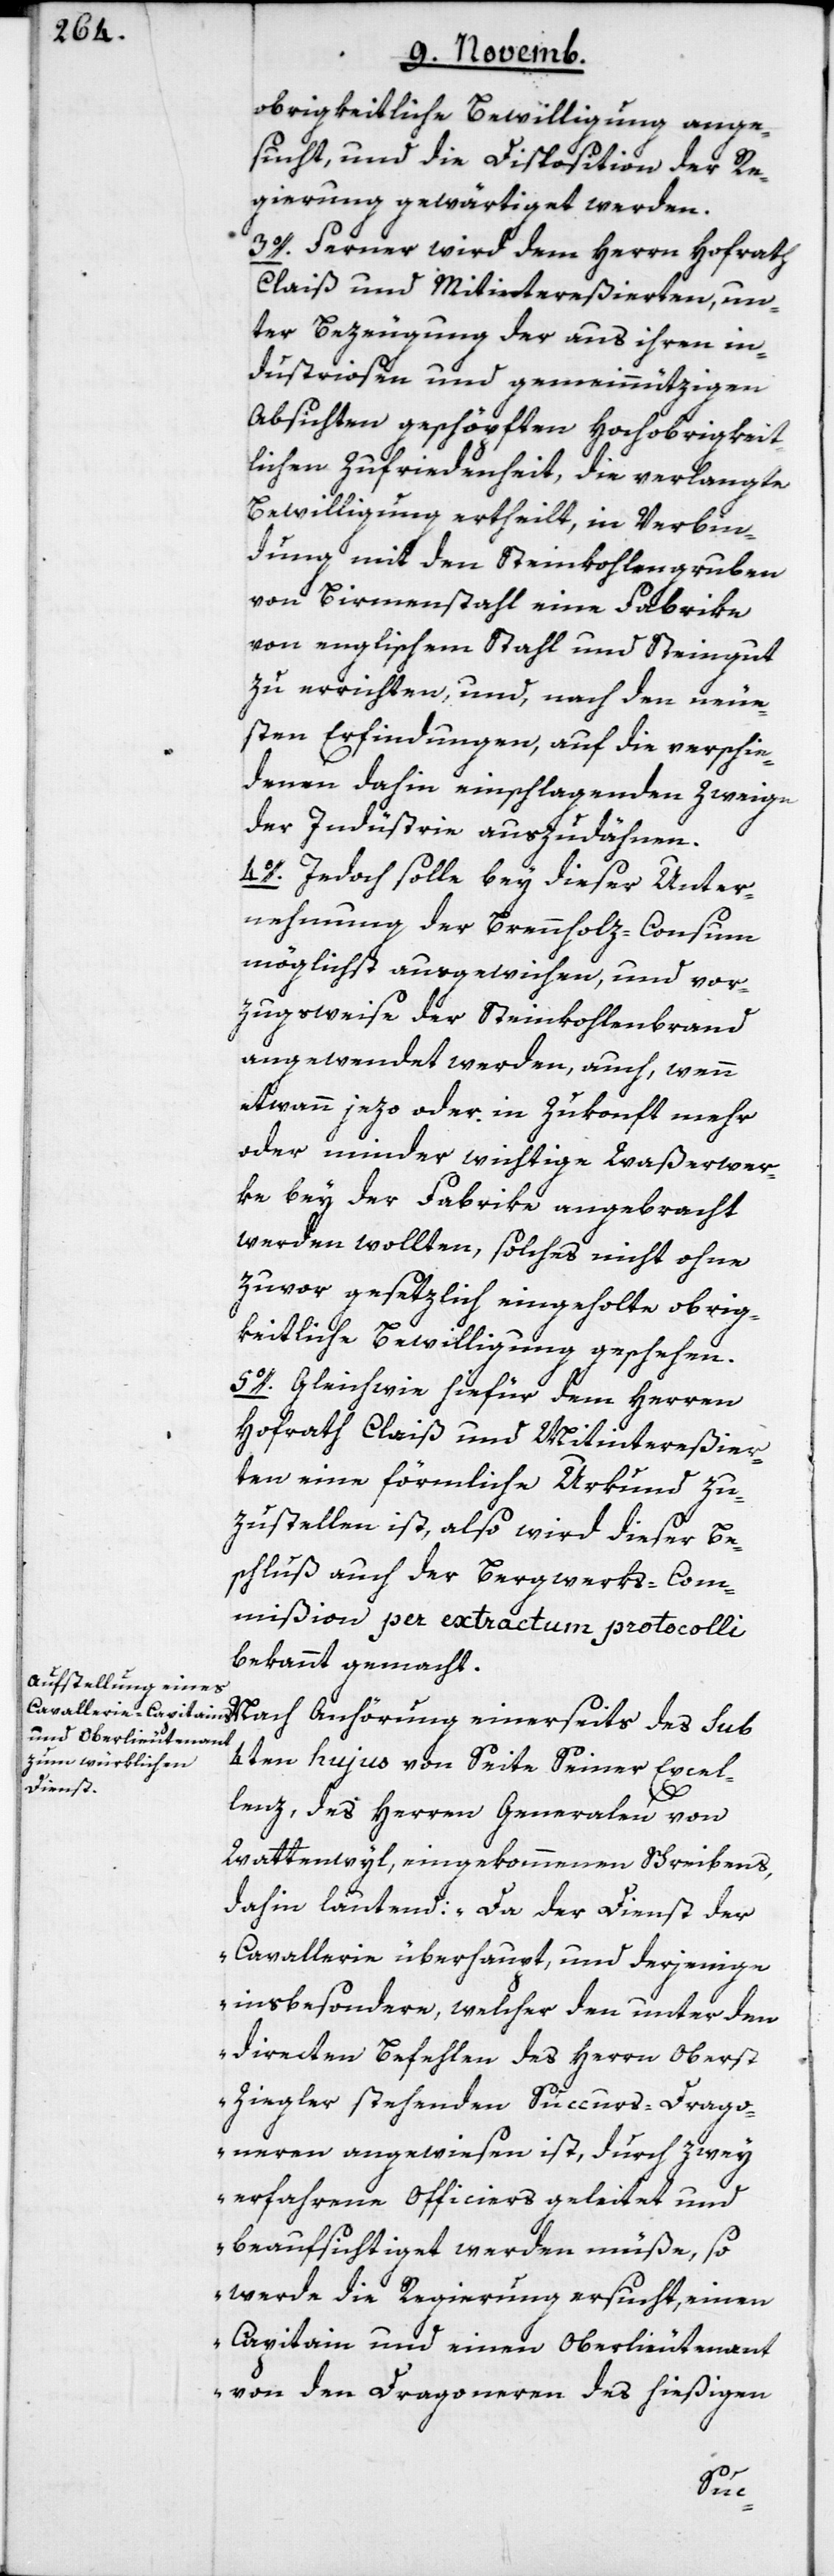
obrigkeitliche Bewilligung ange¬
sucht, und die Disposition der Re¬
gierung gewärtiget werden.
3o. Ferner wird dem Herrn Hofrath
Claiß und Mitintereßierten, un¬
ter Bezeugung der aus ihren in¬
dustriosen und gemeinnützigen
Absichten geschöpften hochobrigkeit¬
lichen Zufriedenheit, die verlangte
Bewilligung ertheilt, in Verbin¬
dung mit den Steinkohlengruben
von Birmenstahl eine Fabrike
von englischem Stahl und Steingut
zu errichten, und, nach den neue¬
sten Erfindungen, auf die verschie¬
denen dahin einschlagenden Zweige
der Industrie auszudähnen.
4o. Jedoch solle bey dieser Unter¬
nehmung der Brennholz-Consum
möglichst ausgewichen und vor¬
zugsweise der Steinkohlenbrand
angewendet werden, auch, wenn
etwann jezo oder in Zukonft mehr
oder minder wichtige Waßerwer¬
ke bey der Fabrike angebracht
werden wollten, solches nicht ohne
zuvor gesetzlich eingeholte obrig¬
keitliche Bewilligung geschehen.
5o. Gleichwie hiefür dem Herren
Hofrat Claiß und Mitintereßier¬
ten eine förmliche Urkund zu¬
zustellen ist, also wird dieser Be¬
schluß auch der Bergwerks-Com¬
mißion per extractum protocolli
bekannt gemacht.
Nach Anhörung einerseits des sub
4ten hujus von Seite Seiner Excel¬
lenz, des Herren Generalen von
Wattenwyl, eingekommenen Schreibens,
dahin lautend: „Da der Dienst der
Cavallerie überhaupt, und derjenige
insbesondere, welcher den unter den
directen Befehlen des Herrn Oberst
Ziegler stehenden Succurs-Drago¬
neren angewiesen ist, durch zwey
erfahrene Officiers geleitet und
beaufsichtiget werden müße, so
werde die Regierung ersucht, einen
Capitain und einen Oberlieutenant
von den Dragoneren des hießigen